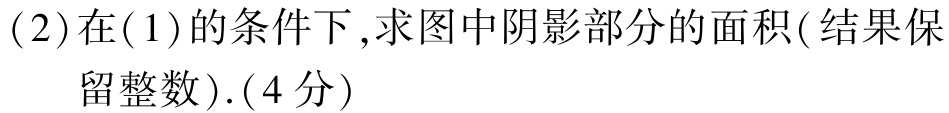
(2)在(1)的条件下,求图中阴影部分的面积(结果保留整数).(4分)